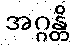
အဂ္ဂန္တိ